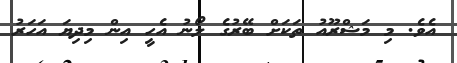
އެވެ. މި މަޝްރޫއު ތަކަށް ބޭރުގެ ލޯނު އެހީ އިން މިދިޔަ އަހަރު